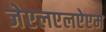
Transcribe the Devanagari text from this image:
जेएलएलऐएम